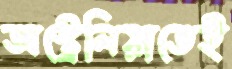
অস্ট্রেলিয়াতেই